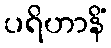
ပရိဟာနိံ